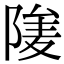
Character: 𨺮